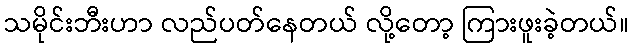
သမိုင်းဘီးဟာ လည်ပတ်နေတယ် လို့တော့ ကြားဖူးခဲ့တယ်။